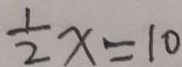
\frac { 1 } { 2 } x = 1 0